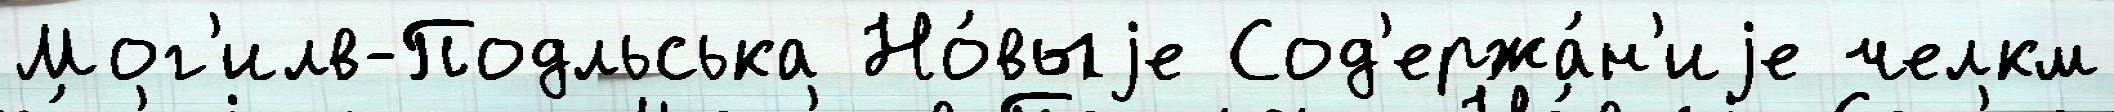
Мог'илв-Подльська Но́выjе Сод'ержа́н'иjе челкм